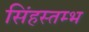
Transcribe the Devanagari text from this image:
सिंहस्तम्भ